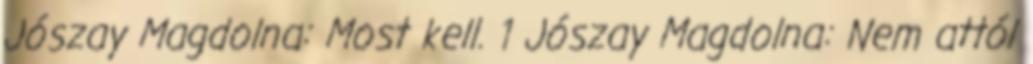
Jószay Magdolna: Most kell. 1 Jószay Magdolna: Nem attól